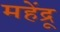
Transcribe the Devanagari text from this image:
महेंद्रू